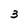
Character: 3